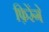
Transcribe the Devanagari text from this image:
फ़िरेंगे